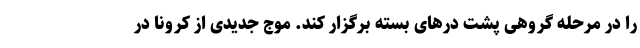
را در مرحله گروهی پشت در‌های بسته برگزار کند. موج جدیدی از کرونا در